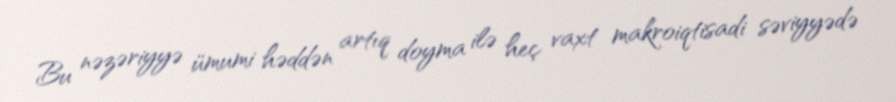
Bu nəzəriyyə ümumi həddən artıq doyma ilə heç vaxt makroiqtisadi səviyyədə